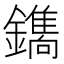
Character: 𮣛